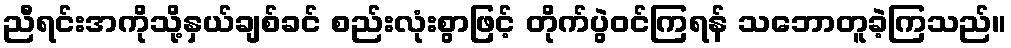
ညီရင်းအကိုသို့နှယ်ချစ်ခင် စည်းလုံးစွာဖြင့် တိုက်ပွဲဝင်ကြရန် သဘောတူခဲ့ကြသည်။